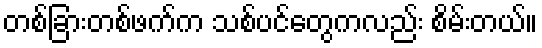
တစ်ခြားတစ်ဖက်က သစ်ပင်တွေကလည်း စိမ်းတယ်။